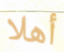
أهلا